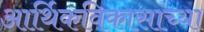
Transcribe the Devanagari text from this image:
आर्थिकविकासाच्या